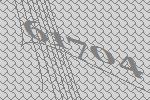
61704